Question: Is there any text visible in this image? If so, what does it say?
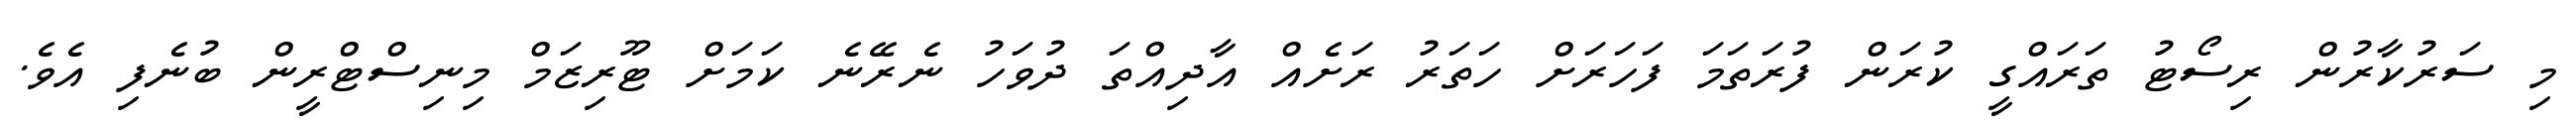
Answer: މި ސަރުކާރުން ރިސޯޓު ތަރައްގީ ކުރަން ފުރަތަމަ ފަހަރަށް ހަތަރު ރަށެއް އާދިއްތަ ދުވަހު ނެރޭނެ ކަމަށް ޓޫރިޒަމް މިނިސްޓްރީން ބުނެފި އެވެ.